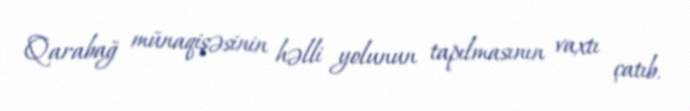
Qarabağ münaqişəsinin həlli yolunun tapılmasının vaxtı çatıb.